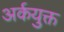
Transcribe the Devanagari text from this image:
अर्कयुक्त